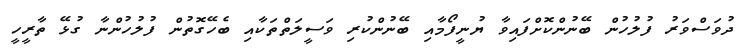
ދުވަސްވަރު ފުލުހުން ބޭނުންކޮށްފައިވާ ޔުނީފޯމާއި ބޭނުންކުރި ވަސީލަތްތަކާއި ބެހޭގޮތުން ފުލުހުންނާ ގުޅޭ ތާރީހީ